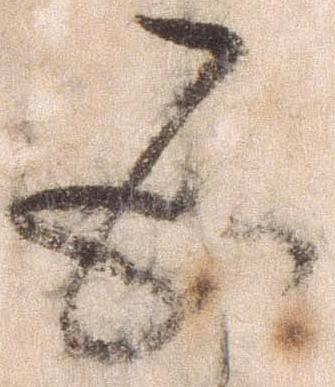
五